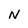
Character: N